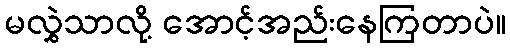
မလွှဲသာလို့ အောင့်အည်းနေကြတာပဲ။